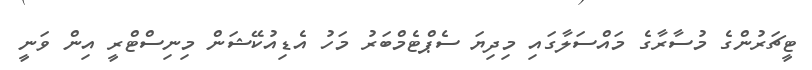
ޓީޗަރުންގެ މުސާރާގެ މައްސަލާގައި މިދިޔަ ސެޕްޓެމްބަރު މަހު އެޑިއުކޭޝަން މިނިސްޓްރީ އިން ވަނީ